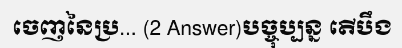
ចេញនៃប្រ... (2 Answer)បច្ចុប្បន្ន តើបឹង